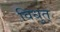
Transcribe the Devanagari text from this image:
विधुत्